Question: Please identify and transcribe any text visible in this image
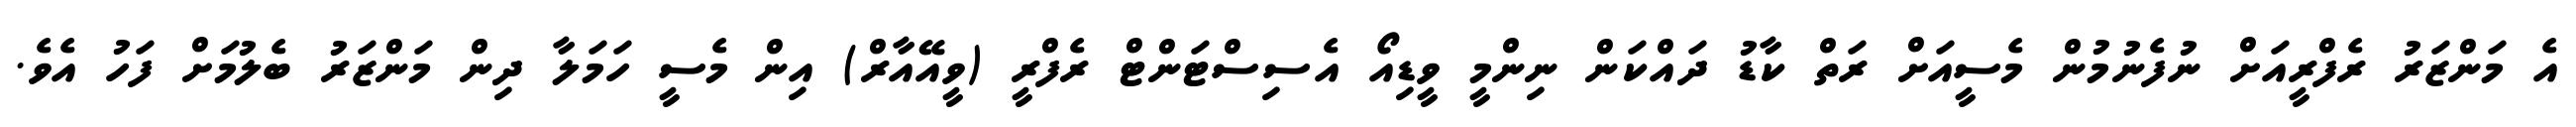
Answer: އެ މަންޒަރު ރެފްރީއަށް ނުފެނުމުން މެސީއަށް ރަތް ކާޑު ދައްކަން ނިންމީ ވީޑިއޯ އެސިސްޓަންޓް ރެފްރީ (ވީއޭއާރް) އިން މެސީ ހަމަލާ ދިން މަންޒަރު ބެލުމަށް ފަހު އެވެ.